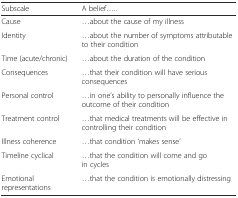
| Subscale | A belief..... |
 | --- | --- |
 | Cause | ...about the cause of my illness |
 | Identity | ...about the number of symptoms attributable to their condition |
 | Time (acute/chronic) | ...about the duration of the condition |
 | Consequences | ...that their condition will have serious consequences |
 | Personal control | ...in one’s ability to personally influence the outcome of their condition |
 | Treatment control | ...that medical treatments will be effective in controlling their condition |
 | Illness coherence | ...that condition ‘makes sense’ |
 | Timeline cyclical | ...that the condition will come and go in cycles |
 | Emotional representations | ...that the condition is emotionally distressing |